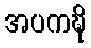
အပကဍ္ဎိ